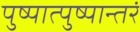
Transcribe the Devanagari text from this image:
पुष्पात्पुष्पान्तरं